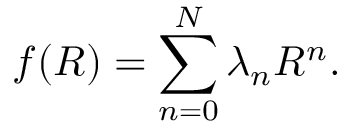
f ( R ) = \sum _ { n = 0 } ^ { N } \lambda _ { n } R ^ { n } .